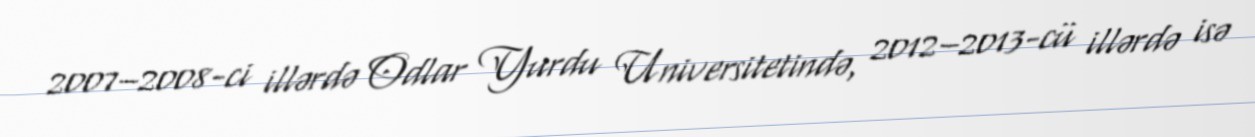
2007–2008-ci illərdə Odlar Yurdu Universitetində, 2012–2013-cü illərdə isə